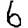
Digit: 6